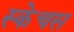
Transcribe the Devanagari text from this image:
स्केचस